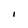
Character: I